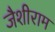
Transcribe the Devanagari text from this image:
जैशीराम